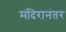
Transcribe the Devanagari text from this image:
मंदिरानंतर